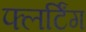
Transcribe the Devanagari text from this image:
फ्लर्टिंग